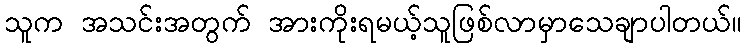
သူက အသင်းအတွက် အားကိုးရမယ့်သူဖြစ်လာမှာသေချာပါတယ်။